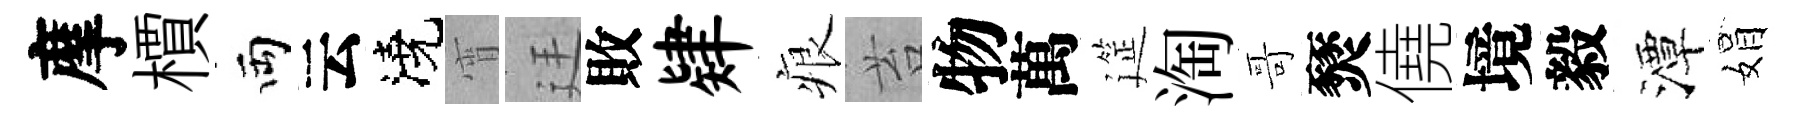
摩檟両云澆宵廷敗肄痕苔物萬筵淘哥燹僥境毅潭娟